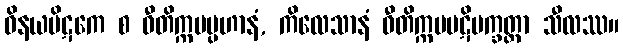
ဝိနယပိဋကေ စ ဝီတိက္ကမပ္ပဟာနံ, ကိလေသာနံ ဝီတိက္ကမပဋိပက္ခတ္တာ သီလဿ။